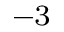
^ { - 3 }